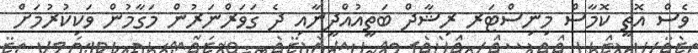
ވެސް އޮތީ ކޮމާސް މިނިސްޓަރ ރިޝާދް ބަތީއުއްދީނާއި ދެ ގަވަރްނަރުން މަގާމުން ވަކިކުރުމަށް